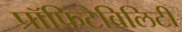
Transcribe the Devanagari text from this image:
प्रॉफिटैबिलिटी